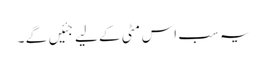
یہ سب اس مٹی کے لیے جئیں گے ۔